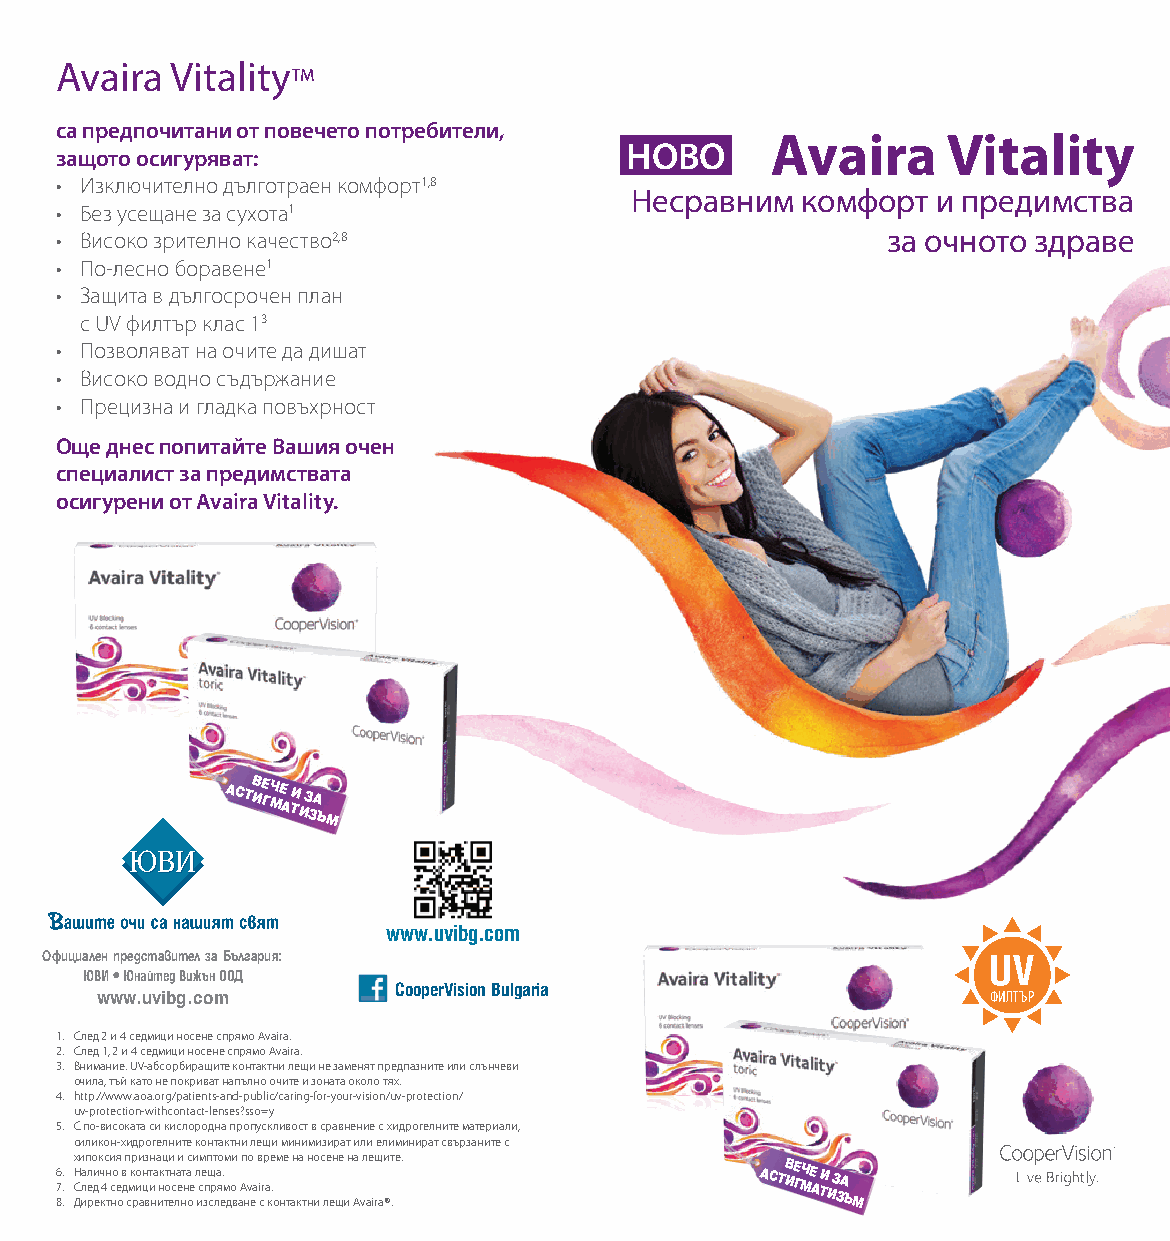
Avaira Vitality™
 са предпочитани от повечето потребители,
 Avaira      Vitality
 НОВО
 защото осигуряват:
 • Изключително дълготраен комфорт1,8
 Несравним  комфорт  и предимства
 • Без усещане за сухота1
 • Високо зрително качество2,8                          за очното здраве
 • По-лесно боравене1
 • Защита в дългосрочен план
 с UV филтър клас 13
 • Позволяват на очите да дишат
 • Високо водно съдържание
 • Прецизна и гладка повъхрност
 Oще днес попитайте Вашия очен
 специалист за предимствата
 осигурени от Avaira Vitality.
 астВ ие гч ме
 а
 ти
 и
 з за
 ъ м
 www.uvibg.com
 Официален представител за България:
 ЮВИ Юнайтед Вижън ООД
 CooperVision Bulgaria
 www.uvibg.com                                              филтър
 1. След 2 и 4 седмици носене спрямо Avaira.
 2. След 1, 2 и 4 седмици носене спрямо Avaira.
 3. Внимание: UV-абсорбиращите контактни лещи не заменят предпазните или слънчеви
 очила, тъй като не покриват напълно очите и зоната около тях.
 4. http://www.aoa.org/patients-and-public/caring-for-your-vision/uv-protection/
 uv-protection-withcontact-lenses?sso=y
 5. С по-високата си кислородна пропускливост в сравнение с хидрогелните материали,
 силикон-хидрогелните контактни лещи минимизират или елиминират свързаните с
 хипоксия признаци и симптоми по време на носене на лещите.
 6
 7
 8.
 . .
 Н
 С Дл
 иа ел рди
 е
 ч к4н
 т с
 но
 е о
 в
 д с
 мк ро
 и
 ан
 ц
 вт
 и
 на инк тот ен
 с
 ла
 е
 нт на
 ое
 л исе зпщ
 ср
 ла
 я
 е.
 м до в аA нv еa i сr a к. онтактни лещи Avaira®.
 астиВе гмче
 а
 ти
 и
 з за
 ъ м